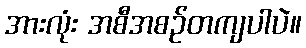
အားလုံး အစီအစဉ်တကျပါပဲ။